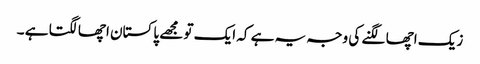
زیک اچھا لگنے کی وجہ یہ ہے کہ ایک تو مجھے پاکستان اچھا لگتا ہے ۔